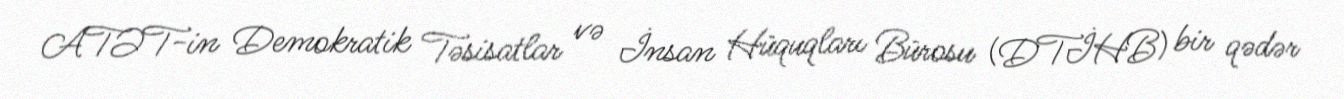
ATƏT-in Demokratik Təsisatlar və İnsan Hüquqları Bürosu (DTİHB) bir qədər